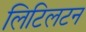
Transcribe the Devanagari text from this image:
लिटिलटन